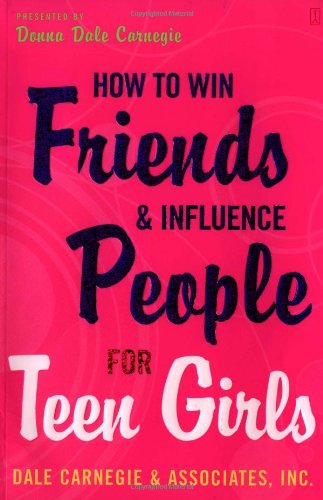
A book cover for How to Win Friends and Influence People for Teen Girls; Donna Dale Carnegie; Parenting & Relationships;